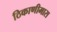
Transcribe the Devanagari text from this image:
ठिकाणीमारा